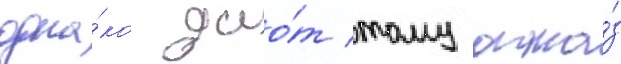
одна́ко дао́т тому отка́з